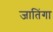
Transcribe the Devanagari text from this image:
जातिंगा